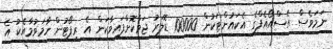
ނަމަވެސް އެސްއޯއެފްގެ އެކައުންޓަކުން 100000 ޑޮލަރު ޖަމާކޮށްފައިވާކަން އެ ރިޕޯޓުން ހާމަވުމާއެކު އެ